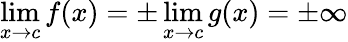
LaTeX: \operatorname*{lim}_{x\to c}f(x)=\pm\operatorname*{lim}_{x\to c}g(x)=\pm\infty